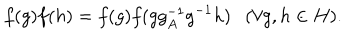
LaTeX: f ( g ) f ( h ) = f ( g ) f ( g g _ { A } ^ { - 1 } g ^ { - 1 } h ) ( \forall g , h \in H ) .